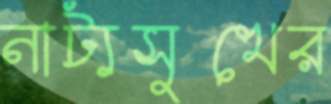
নাট্যসুখের